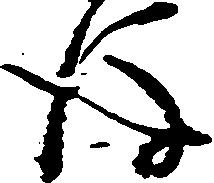
後